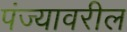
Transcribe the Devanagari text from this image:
पंज्यावरील